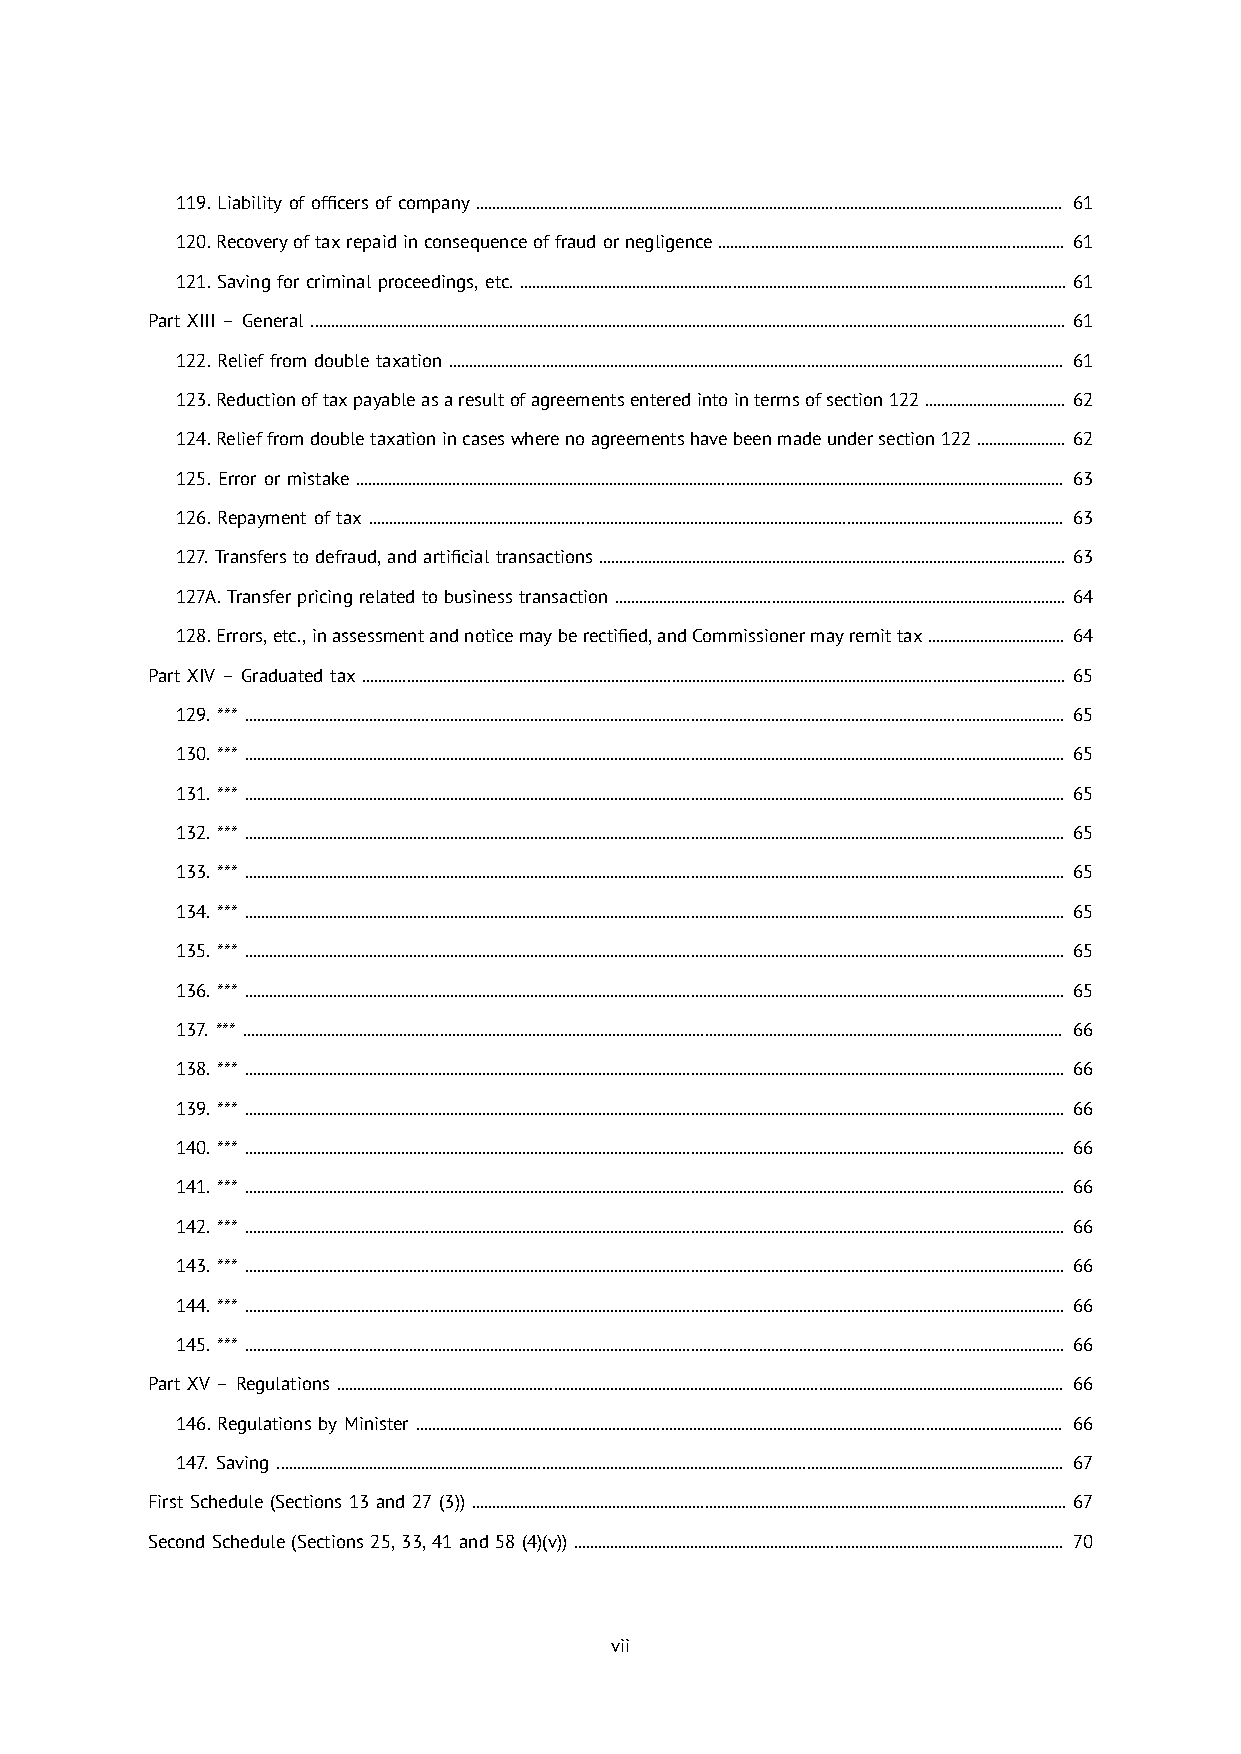
119. Liability of officers of company .................................................................................................................................................. 61
 120. Recovery of tax repaid in consequence of fraud or negligence ...................................................................................... 61
 121. Saving for criminal proceedings, etc. ........................................................................................................................................ 61
 Part XIII – General ............................................................................................................................................................................................ 61
 122. Relief from double taxation ......................................................................................................................................................... 61
 123. Reduction of tax payable as a result of agreements entered into in terms of section 122 ................................... 62
 124. Relief from double taxation in cases where no agreements have been made under section 122 ...................... 62
 125. Error or mistake ................................................................................................................................................................................ 63
 126. Repayment of tax ............................................................................................................................................................................. 63
 127. Transfers to defraud, and artificial transactions .................................................................................................................... 63
 127A. Transfer pricing related to business transaction ................................................................................................................ 64
 128. Errors, etc., in assessment and notice may be rectified, and Commissioner may remit tax .................................. 64
 Part XIV – Graduated tax ............................................................................................................................................................................... 65
 129. *** ............................................................................................................................................................................................................ 65
 130. *** ............................................................................................................................................................................................................ 65
 131. *** ............................................................................................................................................................................................................ 65
 132. *** ............................................................................................................................................................................................................ 65
 133. *** ............................................................................................................................................................................................................ 65
 134. *** ............................................................................................................................................................................................................ 65
 135. *** ............................................................................................................................................................................................................ 65
 136. *** ............................................................................................................................................................................................................ 65
 137. *** ............................................................................................................................................................................................................ 66
 138. *** ............................................................................................................................................................................................................ 66
 139. *** ............................................................................................................................................................................................................ 66
 140. *** ............................................................................................................................................................................................................ 66
 141. *** ............................................................................................................................................................................................................ 66
 142. *** ............................................................................................................................................................................................................ 66
 143. *** ............................................................................................................................................................................................................ 66
 144. *** ............................................................................................................................................................................................................ 66
 145. *** ............................................................................................................................................................................................................ 66
 Part XV – Regulations ..................................................................................................................................................................................... 66
 146. Regulations by Minister ................................................................................................................................................................. 66
 147. Saving .................................................................................................................................................................................................... 67
 First Schedule (Sections 13 and 27 (3)) .................................................................................................................................................... 67
 Second Schedule (Sections 25, 33, 41 and 58 (4)(v)) .......................................................................................................................... 70
 vii